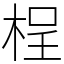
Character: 桯